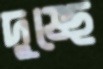
দুষেছ